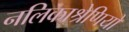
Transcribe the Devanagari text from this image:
नलिकाश्रेणियों